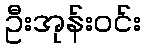
ဦးအုန်းဝင်း